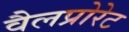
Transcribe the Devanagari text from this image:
वैलप्रोरेट